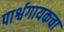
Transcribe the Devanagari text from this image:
पार्श्वगायकचा